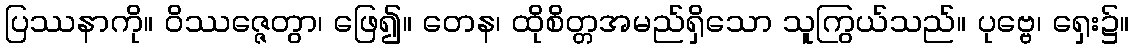
ပြဿနာကို။ ဝိဿဇ္ဇေတွာ၊ ဖြေ၍။ တေန၊ ထိုစိတ္တအမည်ရှိသော သူကြွယ်သည်။ ပုဗ္ဗေ၊ ရှေး၌။